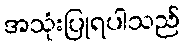
အသုံးပြုရပါသည်